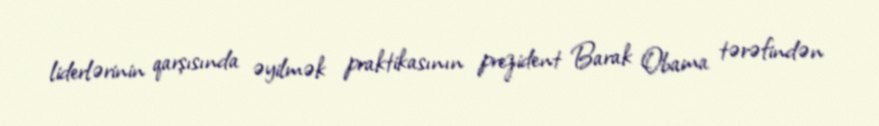
liderlərinin qarşısında əyilmək praktikasının prezident Barak Obama tərəfindən